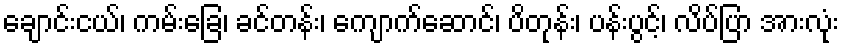
ချောင်းငယ်၊ ကမ်းခြေ၊ ခင်တန်း၊ ကျောက်ဆောင်၊ ပိတုန်း၊ ပန်းပွင့်၊ လိပ်ပြာ အားလုံး